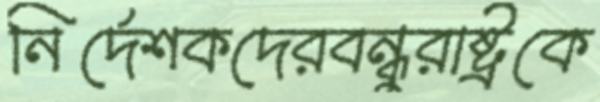
নির্দেশকদেরবন্ধুরাষ্ট্রকে